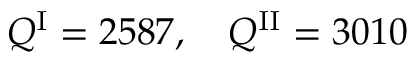
Q ^ { \mathrm { I } } = 2 5 8 7 , \quad Q ^ { \mathrm { I I } } = 3 0 1 0